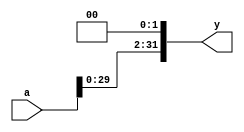

module M_SLL2(input[31:0] a, output[31:0] y);
    // shift left by 2
    assign y = {a[29:0], 2'b00};
endmodule